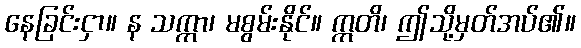
နေခြင်းငှာ။ န သက္ကာ၊ မစွမ်းနိုင်။ ဣတိ၊ ဤသို့မှတ်အပ်၏။